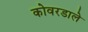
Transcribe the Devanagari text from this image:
कोवरडाले